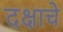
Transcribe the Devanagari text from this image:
दक्षाचे